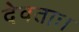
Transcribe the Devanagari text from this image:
देवताः।